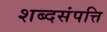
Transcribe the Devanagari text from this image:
शब्दसंपत्ति